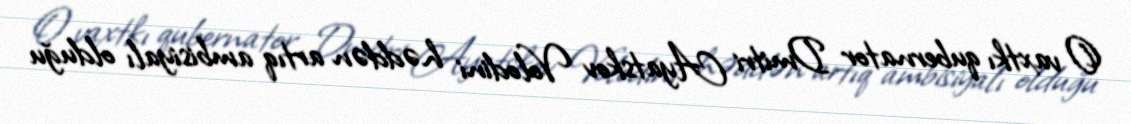
O vaxtkı qubernator Dmitri Ayatskov Volodini həddən artıq ambisiyalı olduğu